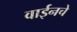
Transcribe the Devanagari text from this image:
वाईनचे